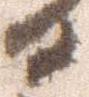
日